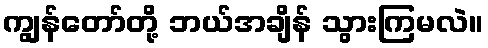
ကျွန်တော်တို့ ဘယ်အချိန် သွားကြမလဲ။